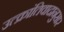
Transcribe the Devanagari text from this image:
उत्क्रांतिवादानुसार